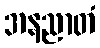
အနညာတံ